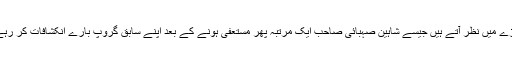
اب میں ایک کارکن صحافی کے طور پر دیکھتا ہوں تو مجھے تمام میڈیا گروپ ہی کسی نہ کسی دھڑے میں نظر آتے ہیں جیسے شاہین صہبائی صاحب ایک مرتبہ پھر مستعفی ہونے کے بعد اپنے سابق گروپ بارے انکشافات کر رہے تھے، کل کوئی دوسرا مستعفی مدیرکسی دوسرے مخالف گروپ پر اسی قسم کی باتیں کر رہا ہو گا۔